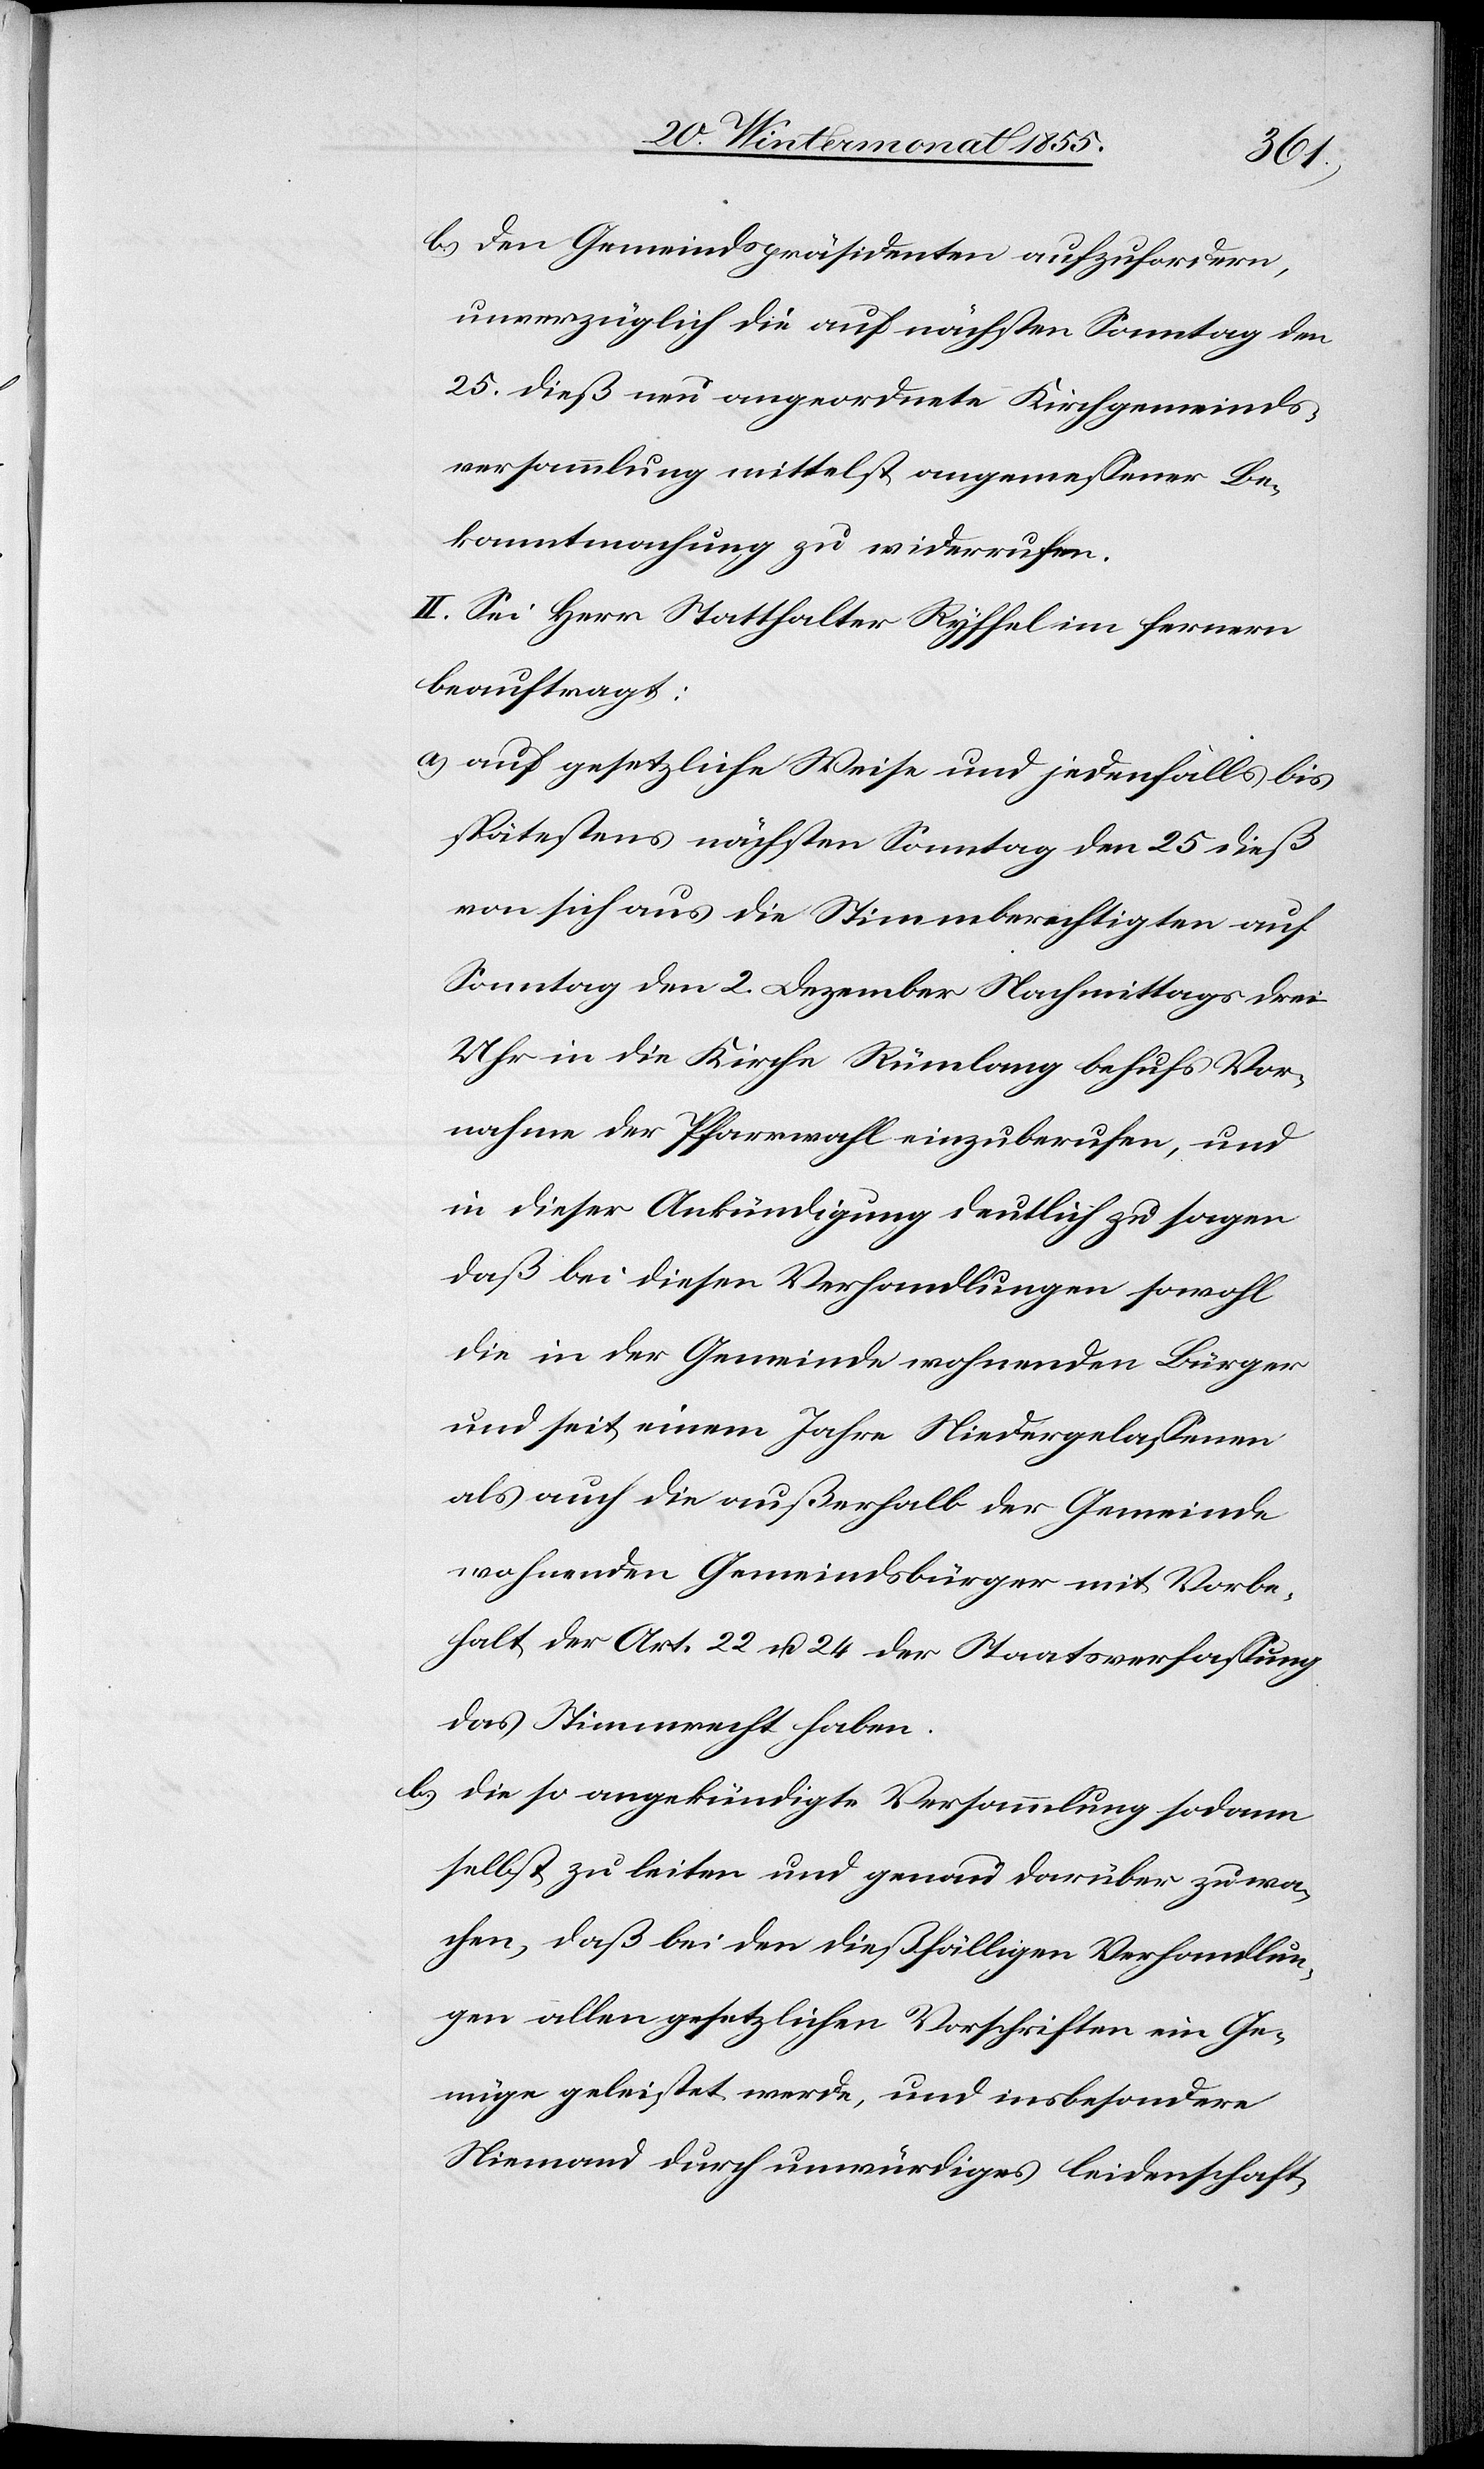
b.)
den Gemeindspräsidenten aufzufordern,
unverzüglich die auf nächsten Sonntag den
25. dieß neu angeordnete Kirchgemeinds¬
versammlung mittelst angemessener Be¬
kanntmachung zu widerrufen.
II. Sei Herr Statthalter Ryffel im fernern
beauftragt:
auf gesetzliche Weise und jedenfalls bis
spätestens nächsten Sonntag den 25 dieß
von sich aus die Stimmberechtigten auf
Sonntag den 2. Dezember Nachmittags drei
Uhr in die Kirche Rümlang behufs Vor¬
nahme der Pfarrwahl einzuberufen, und
in dieser Ankündigung deutlich zu sagen
daß bei diesen Verhandlungen sowohl
die in der Gemeinde wohnenden Bürger
und seit einem Jahre Niedergelassenen
als auch die außerhalb der Gemeinde
wohnenden Gemeindsbürger mit Vorbe¬
halt der Art. 22 u. 24 der Staatsverfassung
das Stimmrecht haben.
die so angekündigte Versammlung sodann
selbst zu leiten und genau darüber zu wa¬
chen, daß bei den dießfälligen Verhandlun¬
gen allen gesetzlichen Vorschriften ein Ge¬
nüge geleistet werde, und insbesondere
Niemand durch unwürdiges leidenschaft-